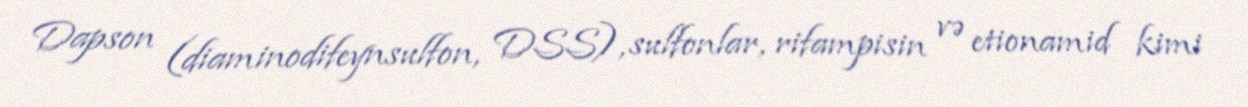
Dapson (diaminodifeynsulfon, DSS), sulfonlar, rifampisin və etionamid kimi